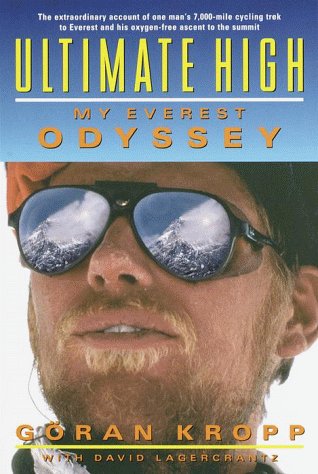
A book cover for Ultimate High: My Everest Odyssey; Goran Kropp; Travel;